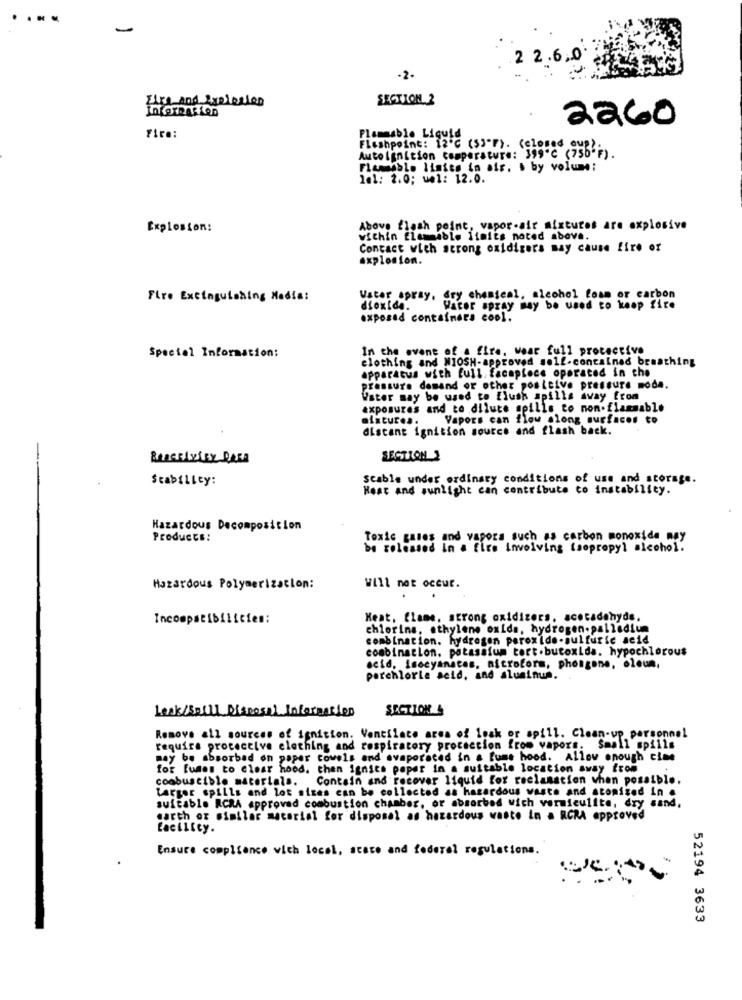
-
2 2 .6.0'
-2-
Fire and Exploited
SECTION 2
2260
Fire:
Flammable Liquid
Autolgnition temperature: 399"℃ (756"F)
Flashpoint: 12 ℃ (53"F). (closed cup).
Flamable linies in air, s by volume:
le1: 2.0; wel: 12.0.
Explosion:
Above flash point, vapor-air mixtures are explosive
within flammable limits noted above.
Contact with strong oxidizers may cause fire or
explosion.
Fire Extinguishing Media:
Vater spray, dry chemical, alcohol foam or carbon
dioxide.
Water spray may be used to keep fire
exposed containers cool.
Special Information:
In the event of a fire, Wear full protective
clothing and NIOSH-approved self-contained breathing
apparatus with full. facapiece operated in the
pressure demand or other posteive pressure moda.
Vater may be used to flush spills away from
exposures and to dilute spills to non-flammable
elitures.
Vapors can flow olong surfaces to
distant ignition source and flash back.
Reactivity Rosa
SECTION
StabilLey:
Scable under ordinary conditions of use and storage.
Heat and sunlight can contribute to instability.
Hazardous Decomposition
Products:
Toxic gases and vapors such as carbon monoxide may
be released in a fire Involving isopropyl alcohol.
Hazardous Polymerization:
Will not occur.
Incompatibilicies:
Heat, flame, strong oxidizers, acotadohyde.
chlorins, ethylene oxida, hydrogen-palladium
combination, hydrogen peroxide-sulfuric acid
combination, potassium tort.butoxida. hypochlorous
acid, Isocyanates, nicroform, phongone, oleum,
perchlorte acid, and aluminum.
Lesk/Spill Disposal Informatien
SECTION
Remove all sources of ignition. Ventilate area of losk or spill. Clean-up personnel
require procaccive clothing and respiratory protection from vapors. Small spills
may be absorbad on paper towels and evaporated in a fume hood. Allow enough cime
for fumes to clear hood. then ignics paper in a suitable location away from
combustible materials. Contain and recover liquid for reclamation when possible.
Larger spills and lot sizes can be collected as hazardous waste and aconised in a
suitable RCRA approved combustion chamber, or absorbed wich vermiculite, dry sand,
earth or similar material for disposal as hazardous waste in a RCRA approved
Ensure compliance with local, state and federal regulations.
52194 3633